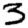
Digit: 3